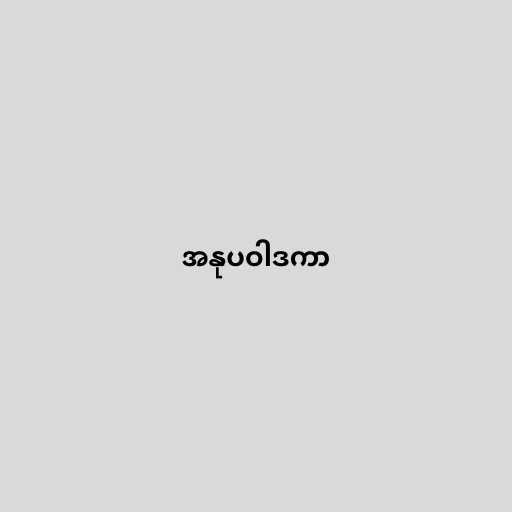
အနုပဝါဒကာ